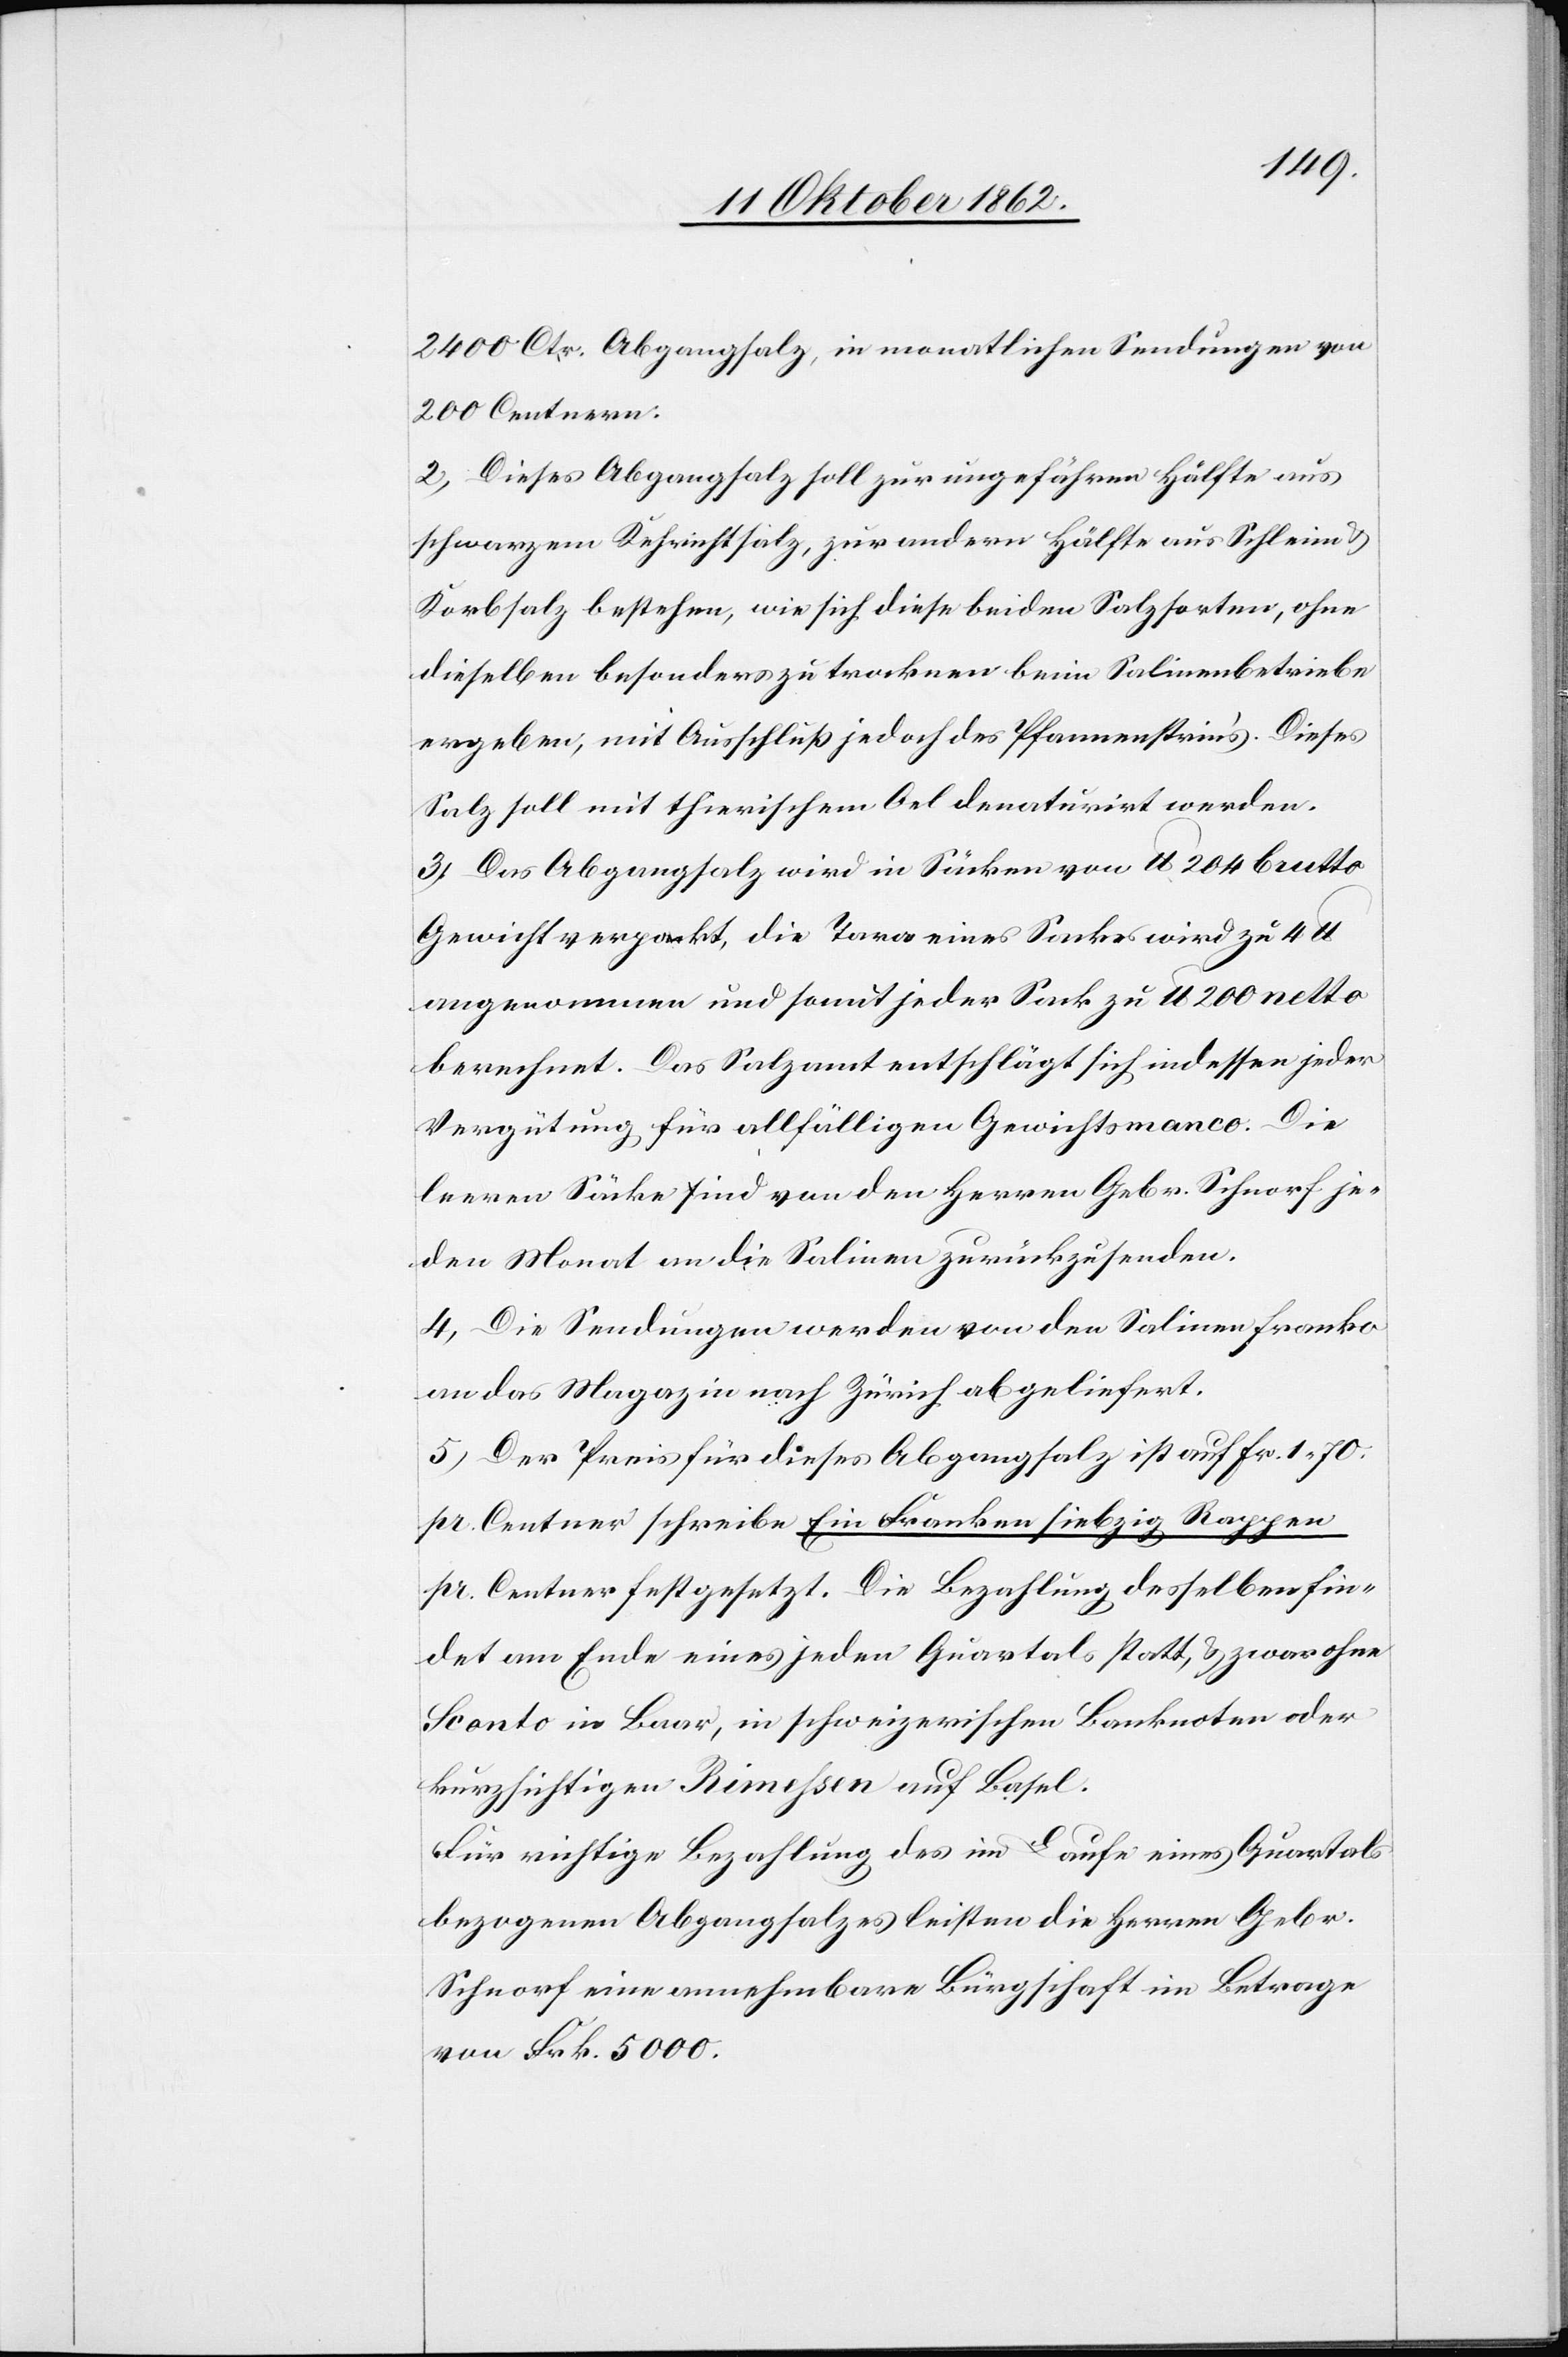
2400 Ctr. Abgangsalz, in monatlichen Sendungen von
200 Centnern.
2. Dieses Abgangsalz soll zur ungefähren Hälfte aus
schwarzem Kehrichtsalz, zur andern Hälfte aus Schleim u.
Korbsalz bestehen, wie sich diese beiden Salzsorten, ohne
dieselben besonders zu trocknen beim Salinenbetriebe
ergeben, mit Ausschluß jedoch des Pfannenstein’s. Dieses
Salz soll mit thierischem Oel denaturirt werden.
3. Das Abgangsalz wird in Säcken von lb. 204 brutto
Gewicht verpackt, die Tara eines Sackes wird zu 4
angenommen und somit jeder Sack zu lb. 200 netto
berechnet. Das Salzamt entschläft sich indessen jeder
Verfügung für allfälligen Gewichtsmanco. Die
leeren Säcke sind von den Herren Gebr. Schnorf je¬
den Monat an die Salinen zurückzusenden.
4. Die Sendungen werden von den Salinen franko
an das Magazin nach Zürich abgeliefert.
5. Der Preis für dieses Abgangsalz ist auf Fr. 1 70
pr. Centner schreibe Ein Franken siebzig Rappen
pr. Centner festgesetzt. Die Bezahlung desselben fin¬
det am Ende eines jeden Quartals statt, u. zwar ohne
Sconto in Baar, in schweizerischen Banknoten oder
kurzsichtigen Rimessen auf Basel.
Für nichtige Bezahlung des im Laufe eines Quartals
bezogenen Abgangsalzes leisten die Herren Gebr.
Schnorf eine annehmbare Bürgschaft im Betrage
von Frk. 5000.